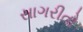
સાગરીતો